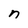
Character: n